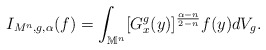
\begin{align*} I_{M^n, g, \alpha} (f)=\int_{\mathbb{M}^{n}}[G^{g}_x(y)]^{\frac {\alpha-n}{2-n}} f(y) dV_{g}. \end{align*}